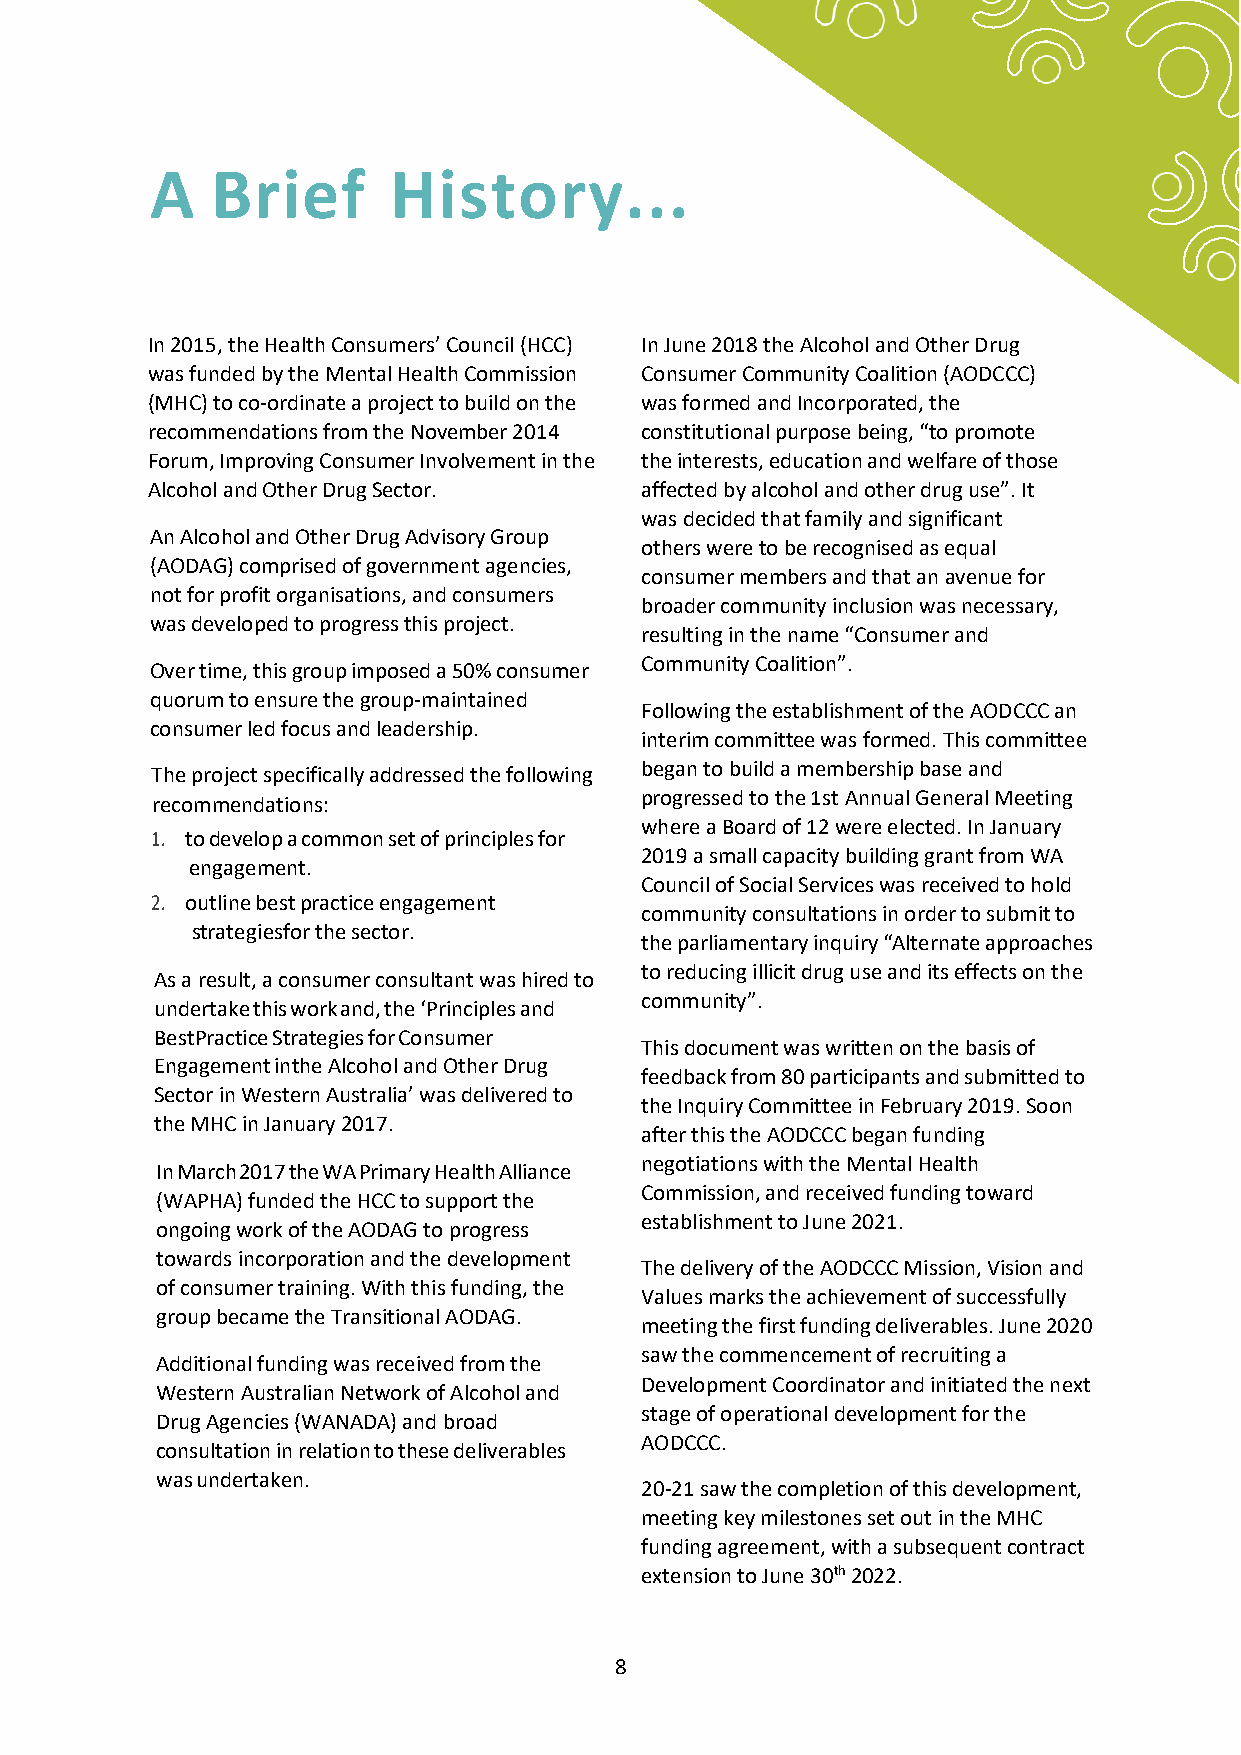
A   Brief       History...
 In 2015, the Health Consumers’ Council (HCC) In June 2018 the Alcohol and Other Drug
 was funded by the Mental Health Commission Consumer Community Coalition (AODCCC)
 (MHC) to co-ordinate a project to build on the was formed and Incorporated, the
 recommendations from the November 2014 constitutional purpose being, “to promote
 Forum, Improving Consumer Involvement in the the interests, education and welfare of those
 Alcohol and Other Drug Sector.  affected by alcohol and other drug use”. It
 was decided that family and significant
 An Alcohol and Other Drug Advisory Group
 others were to be recognised as equal
 (AODAG) comprised of government agencies,
 consumer members and that an avenue for
 not for profit organisations, and consumers
 broader community inclusion was necessary,
 was developed to progress this project.
 resulting in the name “Consumer and
 Community Coalition”.
 Over time, this group imposed a 50% consumer
 quorum to ensure the group-maintained
 Following the establishment of the AODCCC an
 consumer led focus and leadership.
 interim committee was formed. This committee
 began to build a membership base and
 The project specifically addressed the following
 progressed to the 1st Annual General Meeting
 recommendations:
 where a Board of 12 were elected. In January
 1. to develop a common set of principles for
 2019 a small capacity building grant from WA
 engagement.
 Council of Social Services was received to hold
 2. outline best practice engagement
 community consultations in order to submit to
 strategies for the sector.
 the parliamentary inquiry “Alternate approaches
 to reducing illicit drug use and its effects on the
 As a result, a consumer consultant was hired to
 community”.
 undertake this work and, the ‘Principles and
 Best Practice Strategies for Consumer
 This document was written on the basis of
 Engagement in the Alcohol and Other Drug
 feedback from 80 participants and submitted to
 Sector in Western Australia’ was delivered to
 the Inquiry Committee in February 2019. Soon
 the MHC in January 2017.
 after this the AODCCC began funding
 negotiations with the Mental Health
 In March 2017 the WA Primary Health Alliance
 Commission, and received funding toward
 (WAPHA) funded the HCC to support the
 establishment to June 2021.
 ongoing work of the AODAG to progress
 towards incorporation and the development
 The delivery of the AODCCC Mission, Vision and
 of consumer training. With this funding, the
 Values marks the achievement of successfully
 group became the Transitional AODAG.
 meeting the first funding deliverables. June 2020
 saw the commencement of recruiting a
 Additional funding was received from the
 Development Coordinator and initiated the next
 Western Australian Network of Alcohol and
 stage of operational development for the
 Drug Agencies (WANADA) and broad
 AODCCC.
 consultation in relation to these deliverables
 was undertaken.
 20-21 saw the completion of this development,
 meeting key milestones set out in the MHC
 funding agreement, with a subsequent contract
 extension to June 30th 2022.
 8